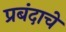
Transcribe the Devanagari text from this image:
प्रबंदाचे